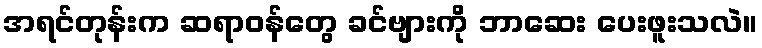
အရင်တုန်းက ဆရာဝန်တွေ ခင်ဗျားကို ဘာဆေး ပေးဖူးသလဲ။